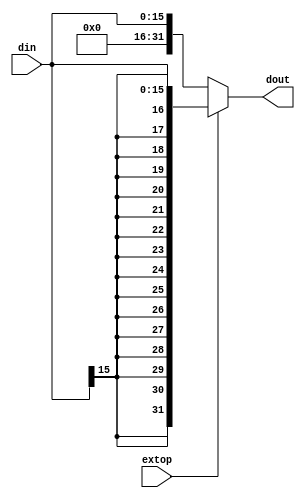
`timescale 1ns / 1ps
//////////////////////////////////////////////////////////////////////////////////
// Company: 
// Engineer: 
// 
// Design Name: 
// Module Name: ExtSign
// Project Name: 
// Target Devices: 
// Tool Versions: 
// Description: 
// 
// Dependencies: 
// 
// Revision:
// Revision 0.01 - File Created
// Additional Comments:
// 
//////////////////////////////////////////////////////////////////////////////////


module ExtSign(din, extop, dout);
    input [15:0] din;
    input extop;
    output [31:0] dout;
    
    assign dout = (extop)? {{16{din[15]}} ,din}:{16'b0 , din};
endmodule